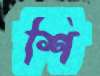
শি